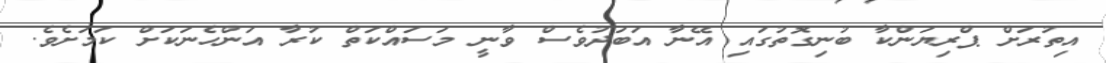
އިތުރަށް ޕްރިޔަންކާ ބުނިގޮތުގައި އޭނާ އަބަދުވެސް ވާނީ މަސައްކަތް ކުރާ އަންހެނަކަށް ކަމަށެވެ.